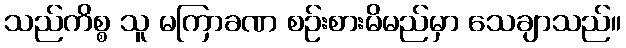
သည်ကိစ္စ သူ မကြာခဏ စဉ်းစားမိမည်မှာ သေချာသည်။